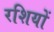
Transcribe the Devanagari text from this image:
रशियों